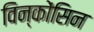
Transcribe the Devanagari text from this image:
विन्कोंसिन